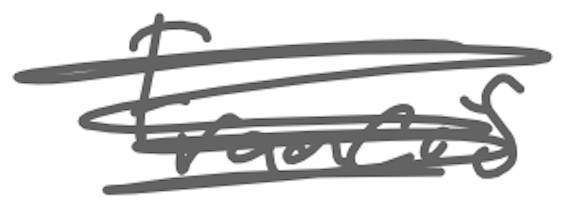
Text: Francis
Cross-out: scratch
Writing tool: digital_gray